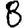
Digit: 8